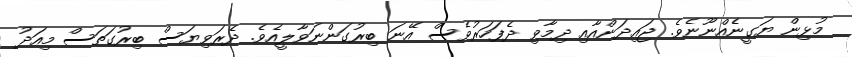
މުޅިން ޔަގީނެއްނޫނެވެ. ޖައިދަންއާއި ދިމާވި ދެފަހަރުވެސް އޭނަ ބިރުގަންނަވާލީއެވެ. ދެރަވިޔަސް ބިރުގަތަސް މިއަދު